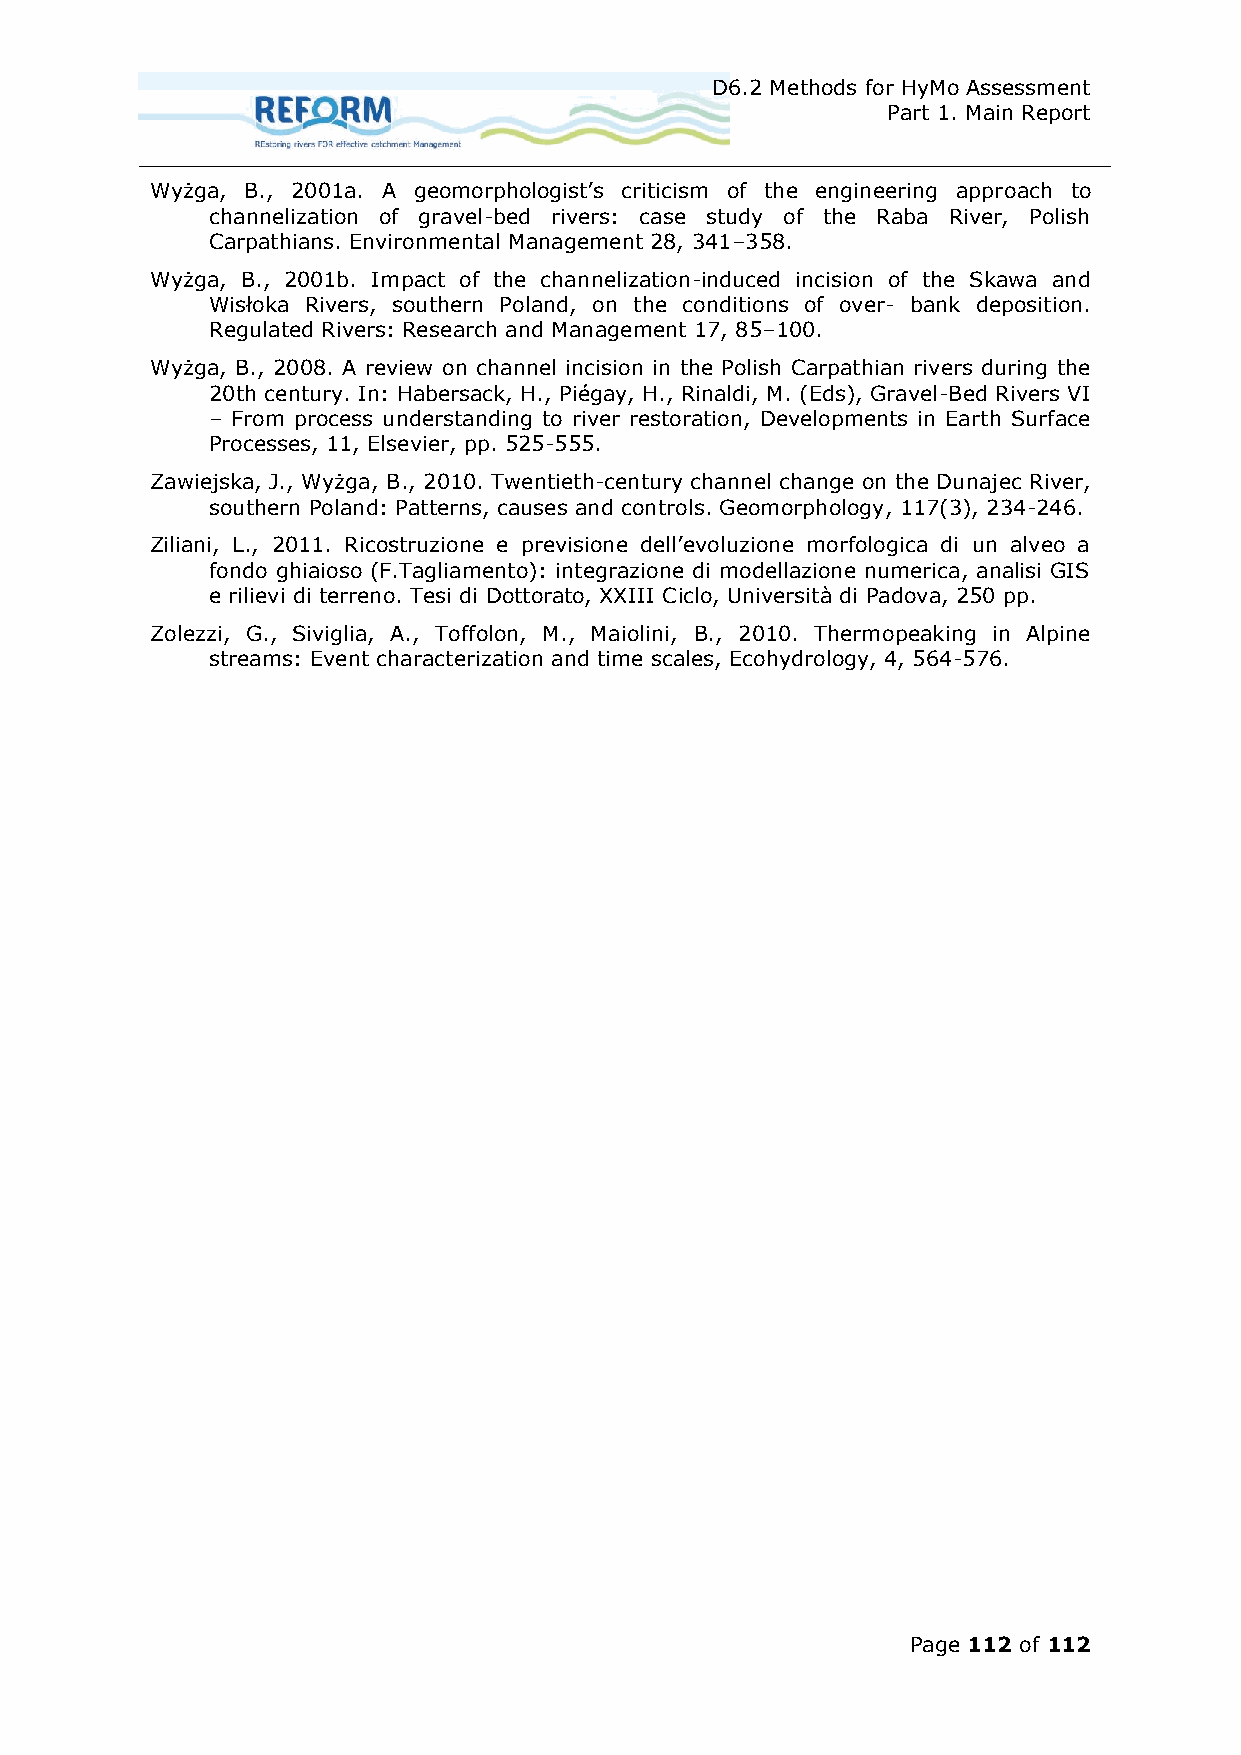
D6.2 Methods for HyMo Assessment
 Part 1. Main Report
 Wyżga, B., 200 a. geomorphologist’s criticism of the engineering approach to
 channelization of gravel-bed rivers: case study of the Raba River, Polish
 Carpathians. Environmental Management 28, 341–358.
 Wyżga, B., 200 b. Impact of the channelization-induced incision of the Skawa and
 Wisłoka Rivers, southern Poland, on the conditions of over- bank deposition.
 Regulated Rivers: Research and Management 17, 85–100.
 Wyżga, B., 2008. review on channel incision in the Polish Carpathian rivers during the
 20th century. In: Habersack, H., Piégay, H., Rinaldi, M. (Eds), Gravel-Bed Rivers VI
 – From process understanding to river restoration, Developments in Earth Surface
 Processes, 11, Elsevier, pp. 525-555.
 Zawiejska, J., Wyżga, B., 2010. Twentieth-century channel change on the Dunajec River,
 southern Poland: Patterns, causes and controls. Geomorphology, 117(3), 234-246.
 Ziliani, L., 20 . Ricostruzione e previsione dell’evoluzione morfologica di un alveo a
 fondo ghiaioso (F.Tagliamento): integrazione di modellazione numerica, analisi GIS
 e rilievi di terreno. Tesi di Dottorato, XXIII Ciclo, Universit di Padova, 250 pp.
 Zolezzi, G., Siviglia, A., Toffolon, M., Maiolini, B., 2010. Thermopeaking in Alpine
 streams: Event characterization and time scales, Ecohydrology, 4, 564-576.
 Page 112 of 112